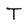
Character: T